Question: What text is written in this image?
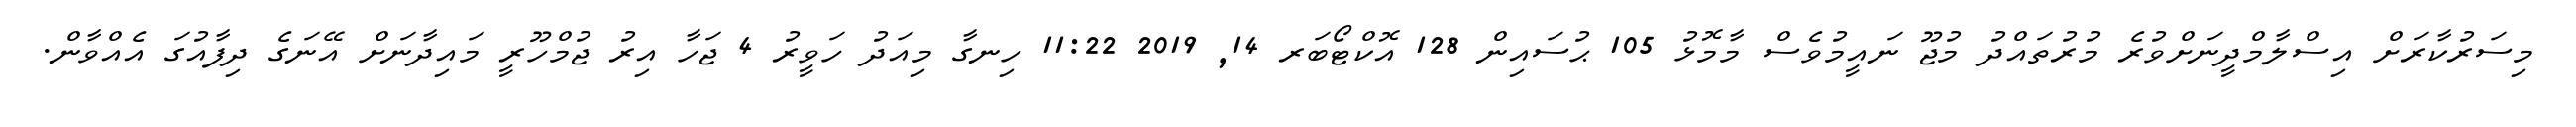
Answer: މިސަރުކާރަށް އިސްލާމްދީނަށްވުރެ މުރުތައްދު މުޖޫ ނައީމުވެސް މާމޮޅު 105 ޙުސައިން 128 އޮކްޓޯބަރ 14, 2019 11:22 ހިނގާ މިއަދު ހަވީރު 4 ޖަހާ އިރު ޖުމްހޫރީ މައިދާނަށް އޭނަގެ ދިފާއުގަ އެއްވާން.